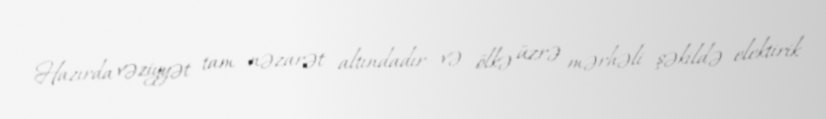
Hazırda vəziyyət tam nəzarət altındadır və ölkə üzrə mərhəli şəkildə elektirik